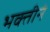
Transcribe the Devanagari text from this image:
भक्तीनं